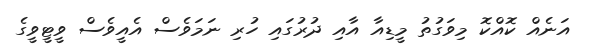
އަނެއް ކޮއްކޮ މިވަގުތު މީޑިއާ އާއި ދުރުގައި ހުރި ނަމަވެސް އެއީވެސް ވީޓީވީގެ